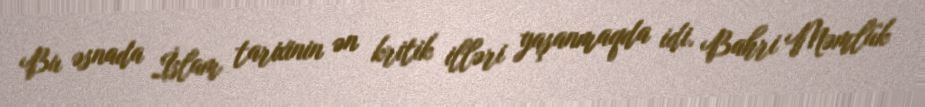
Bu əsnada İslam tarixinin ən kritik illəri yaşanmaqda idi. Bahri Məmlük